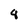
Character: 8